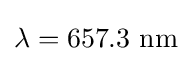
\lambda =657.3{\text{ nm}}